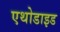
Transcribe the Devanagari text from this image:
एथोडाइड